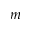
m